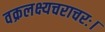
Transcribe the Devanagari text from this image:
वक्रलक्ष्यचराचरः।